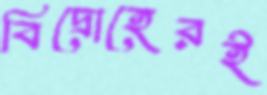
বিদ্রোহেরই